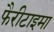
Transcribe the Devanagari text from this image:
फैरीटाइमा